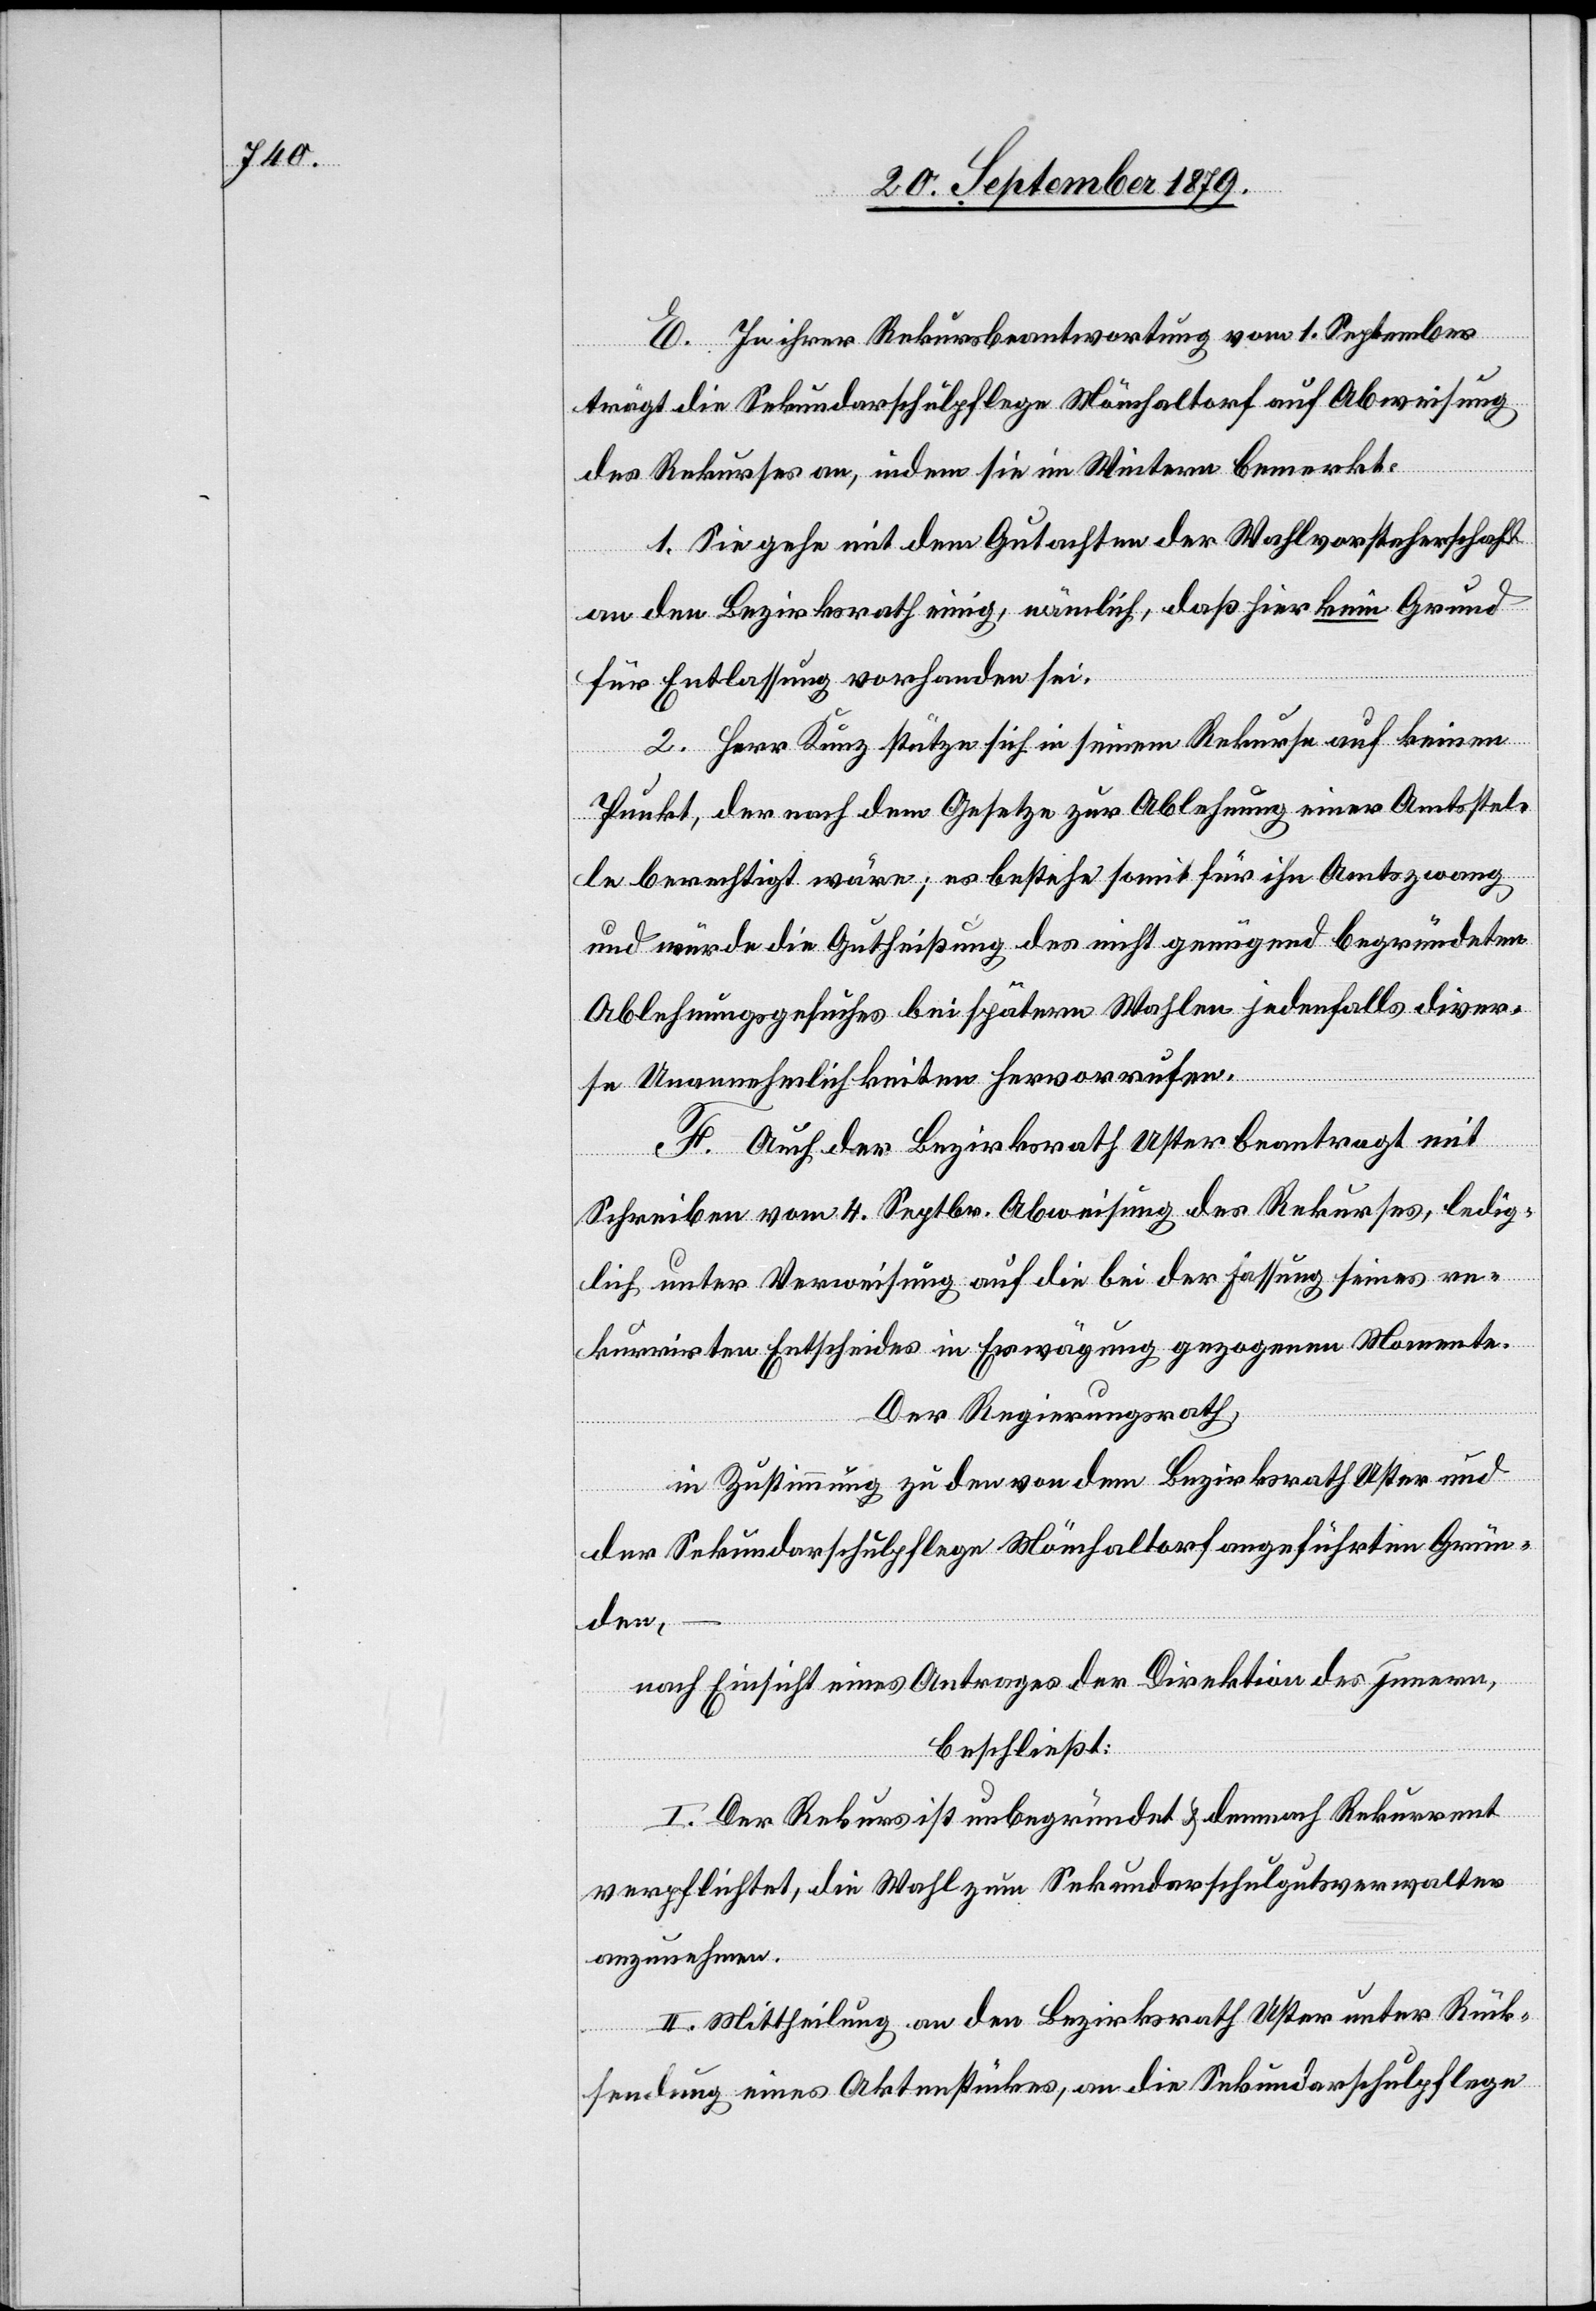
E. In ihrer Rekursbeantwortung vom 1. September
trägt die Sekundarschulpflege Mönchaltorf auf Abweisung
des Rekurses an, indem sie im Weitern bemerkt:
1. Sie gehe mit dem Gutachten der Wahlvorsteherschaft
an den Bezirksrath einig, nämlich, daß hier kein Grund
für Entlassung vorhanden sei.
2. Herr Kunz stütze sich in seinem Rekurse auf keinen
Punkt, der nach dem Gesetze zur Ablehnung einer Amtsstel¬
le berechtigt wäre; es bestehe somit für ihn Amtszwang
und würde die Gutheißung des nicht genügend begründeten
Ablehnungsgesuches bei spätern Wahlen jedenfalls diver¬
se Unannehmlichkeiten hervorrufen.
F. Auch der Bezirksrath Uster beantragt mit
Schreiben vom 4. Septbr. Abweisung des Rekurses, ledig¬
lich unter Verweisung auf die bei der Fassung seines re¬
kurrirten Entscheides in Erwägung gezogenen Momente.
Der Regierungsrath,
in Zustimmung zu den von dem Bezirksrath Uster und
der Sekundarschulpflege Mönchaltorf angeführten Grün¬
den,
nach Einsicht eines Antrages der Direktion des Innern,
beschließt:
I. Der Rekurs ist unbegründet & demnach Rekurrent
verpflichtet, die Wahl zum Sekundarschulgutsverwalter
auszunehmen.
II. Mittheilung an den Bezirksrath Uster unter Rück¬
sendung eines Aktenstückes, an die Sekundarschulpflege